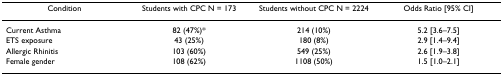
| Condition | Students with CPC N = 173 | Students without CPC N = 2224 | Odds Ratio [95% CI] |
 | --- | --- | --- | --- |
 | Current Asthma | 82 (47%)* | 214 (10%) | 5.2 [3.6–7.5] |
 | ETS exposure | 43 (25%) | 180 (8%) | 2.9 [1.4–9.4] |
 | Allergic Rhinitis | 103 (60%) | 549 (25%) | 2.6 [1.9–3.8] |
 | Female gender | 108 (62%) | 1108 (50%) | 1.5 [1.0–2.1] |